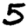
Digit: 5